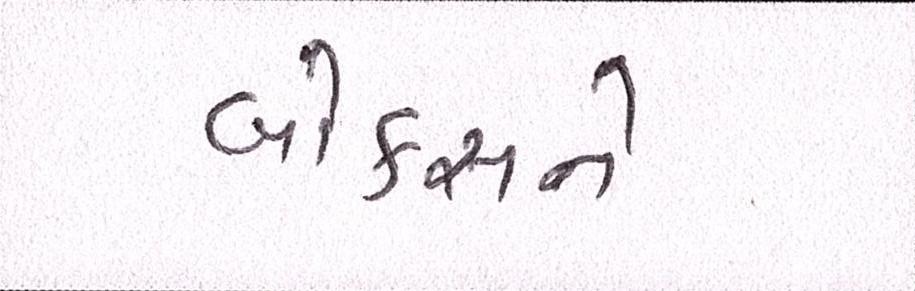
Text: બોક્સને